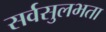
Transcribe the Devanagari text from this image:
सर्वसुलभता